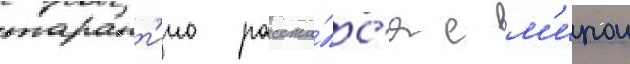
тарант'ино расста́лс'я с м'ирои